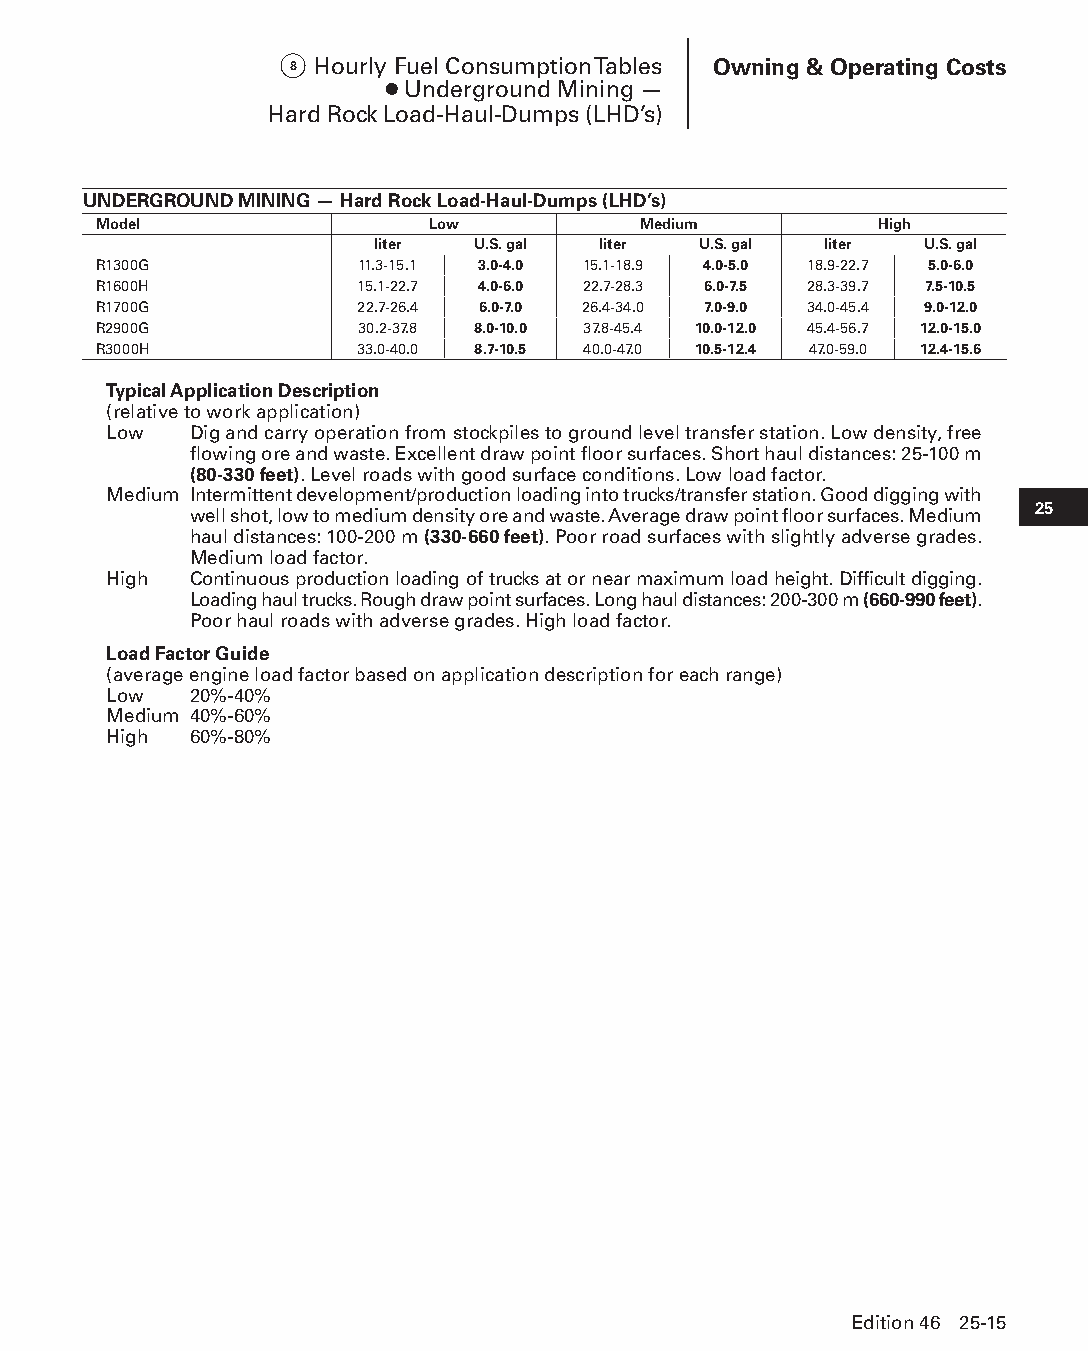
8 Hourly Fuel Consumption Tables Owning & Operating Costs
 ● Underground Mining —
 Hard Rock Load-Haul-Dumps (LHD’s)
 UNDERGROUND MINING — Hard Rock Load-Haul-Dumps (LHD’s)
 Model                 Low           Medium         High
 liter  U.S. gal liter U.S. gal liter U.S. gal
 R1300G           11.3-15.1 3.0-4.0 15.1-18.9 4.0-5.0 18.9-22.7 5.0-6.0
 R1600H           15.1-22.7 4.0-6.0 22.7-28.3 6.0-7.5 28.3-39.7 7.5-10.5
 R1700G           22.7-26.4 6.0-7.0 26.4-34.0 7.0-9.0 34.0-45.4 9.0-12.0
 R2900G           30.2-37.8 8.0-10.0 37.8-45.4 10.0-12.0 45.4-56.7 12.0-15.0
 R3000H           33.0-40.0 8.7-10.5 40.0-47.0 10.5-12.4 47.0-59.0 12.4-15.6
 Typical Application Description
 (relative to work application)
 Low   D ig and carry operation from stockpiles to ground level transfer station. Low density, free
 flowing ore and waste. Excellent draw point floor surfaces. Short haul distances: 25-100 m
 (80-330 feet). Level roads with good surface conditions. Low load factor.
 Medium I ntermittent development/production loading into trucks/transfer station. Good digging with
 well shot, low to medium density ore and waste. Average draw point floor surfaces. Medium 25
 haul d istances: 100-200 m (330-660 feet). Poor road surfaces with slightly adverse grades.
 Medium load factor.
 High  C ontinuous production loading of trucks at or near maximum load height. Difficult digging.
 Loading haul trucks. Rough draw point surfaces. Long haul distances: 200-300 m (660-990 feet).
 Poor haul roads with adverse grades. High load factor.
 Load Factor Guide
 (average engine load factor based on application description for each range)
 Low   20%-40%
 Medium 40%-60%
 High  60%-80%
 Edition 46 25-15
 PPHHBB--SSeecc2255--1166..iinndddd 1155                        1122//44//1155 1111::1166 AAMM